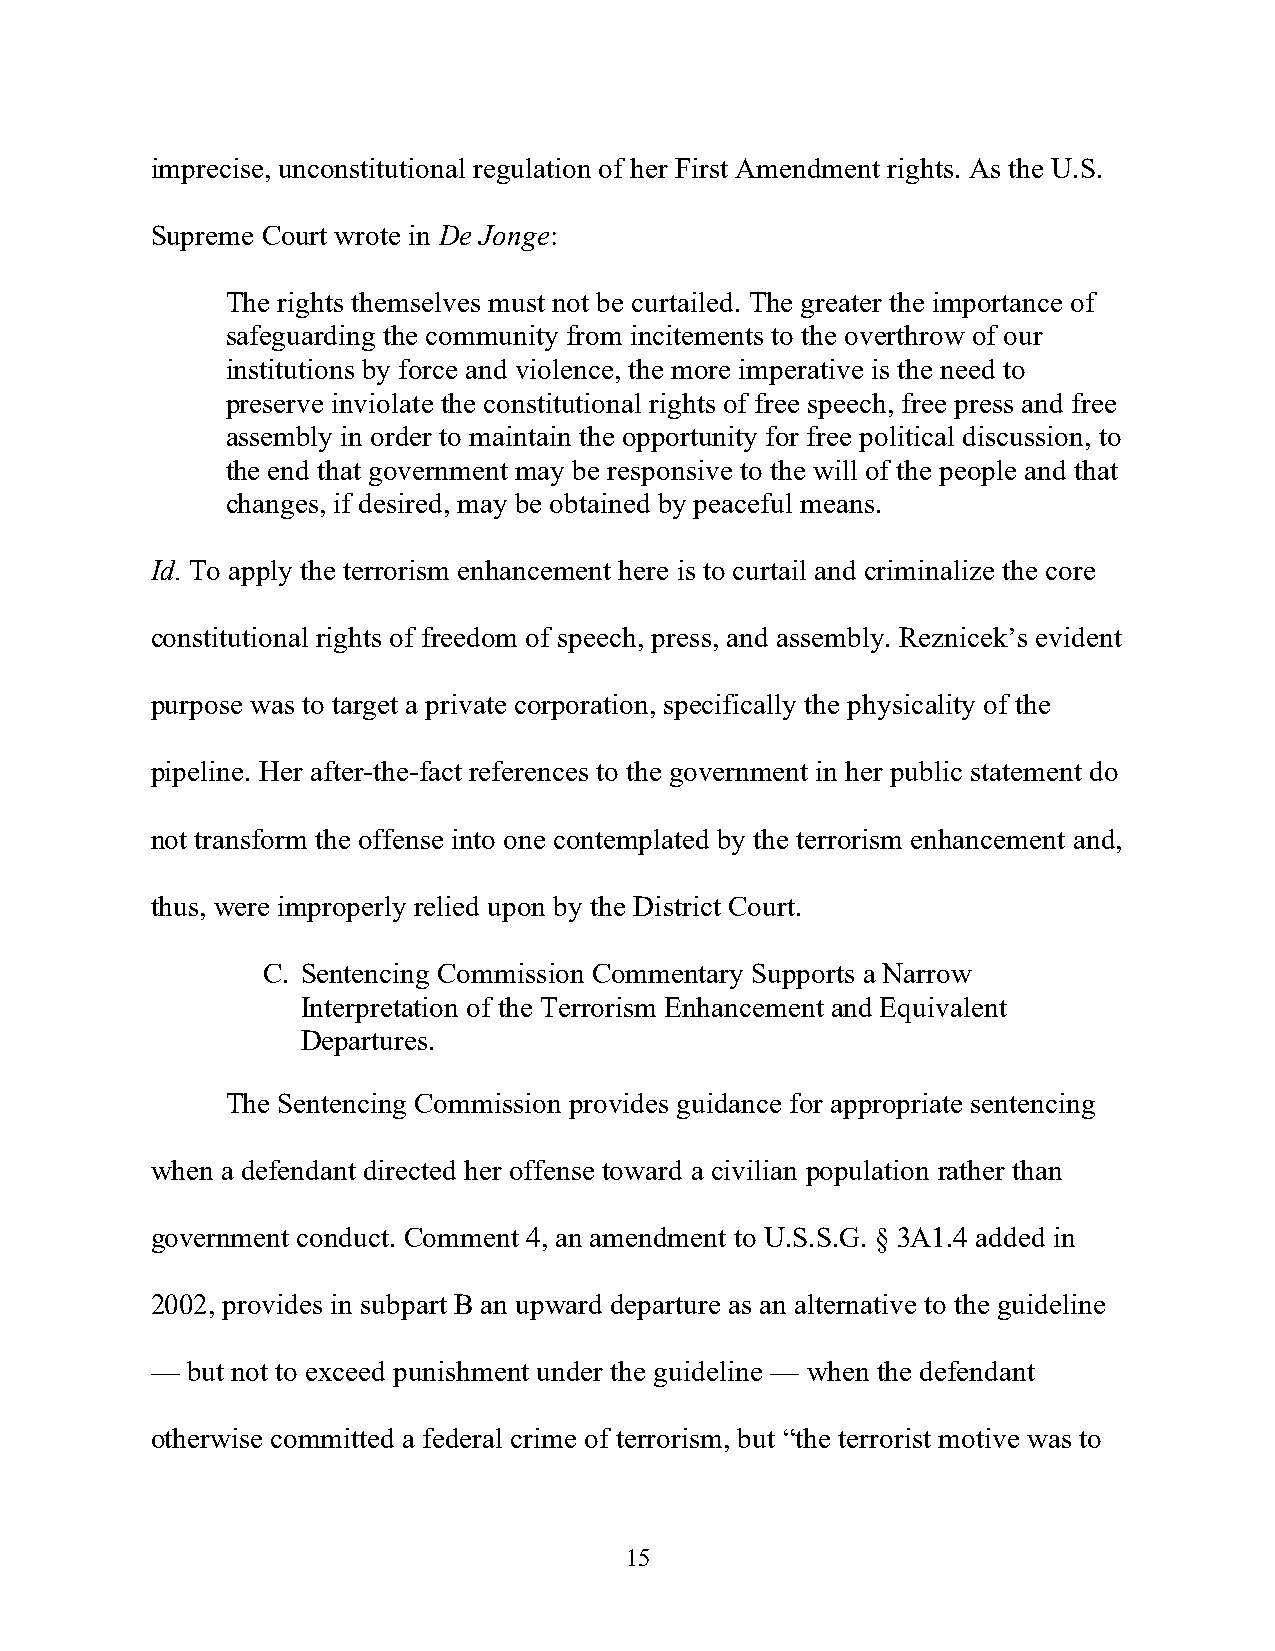
imprecise, unconstitutional regulation of her First Amendment rights. As the U.S.
 Supreme Court wrote in De Jonge:
 The rights themselves must not be curtailed. The greater the importance of
 safeguarding the community from incitements to the overthrow of our
 institutions by force and violence, the more imperative is the need to
 preserve inviolate the constitutional rights of free speech, free press and free
 assembly in order to maintain the opportunity for free political discussion, to
 the end that government may be responsive to the will of the people and that
 changes, if desired, may be obtained by peaceful means.
 Id. To apply the terrorism enhancement here is to curtail and criminalize the core
 constitutional rights of freedom of speech, press, and assembly. Reznicek’s evident
 purpose was to target a private corporation, specifically the physicality of the
 pipeline. Her after-the-fact references to the government in her public statement do
 not transform the offense into one contemplated by the terrorism enhancement and,
 thus, were improperly relied upon by the District Court.
 C. Sentencing Commission Commentary Supports a Narrow
 Interpretation of the Terrorism Enhancement and Equivalent
 Departures.
 The Sentencing Commission provides guidance for appropriate sentencing
 when a defendant directed her offense toward a civilian population rather than
 government conduct. Comment 4, an amendment to U.S.S.G. § 3A1.4 added in
 2002, provides in subpart B an upward departure as an alternative to the guideline
 — but not to exceed punishment under the guideline — when the defendant
 otherwise committed a federal crime of terrorism, but “the terrorist motive was to
 15